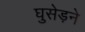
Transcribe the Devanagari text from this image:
घुसेड़ने